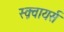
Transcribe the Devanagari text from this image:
स्क़्वायर्स